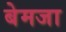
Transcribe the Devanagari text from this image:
बेमजा